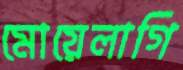
মোয়েলাগি